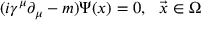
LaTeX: ( i \gamma ^ { \mu } \partial _ { \mu } - m ) \Psi ( x ) = 0 , \ \ \vec { x } \in \Omega